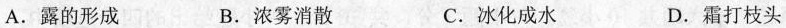
A.露的形成 B.浓雾消散 C.冰化成水 D.霜打枝头